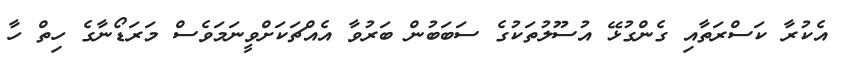
އެކުރާ ކަސްރަތާއި ގެންގުޅޭ އުސޫލުތަކުގެ ސަބަބުން ބަރުވާ އެއްޗަކަށްވީނަމަވެސް މަރަޑޯނާގެ ހިތް ހާ